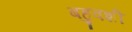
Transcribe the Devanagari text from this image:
बहुवशी